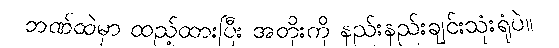
ဘဏ်ထဲမှာ ထည့်ထားပြီး အတိုးကို နည်းနည်းချင်းသုံးရုံပဲ။